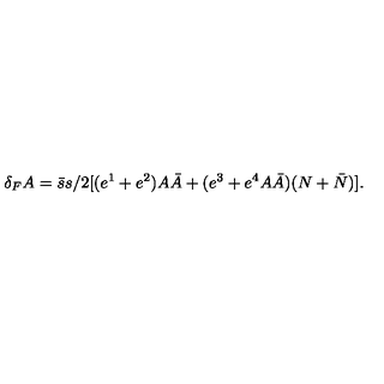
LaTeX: \delta _ { F } A = \bar { s } s / 2 [ ( e ^ { 1 } + e ^ { 2 } ) A \bar { A } + ( e ^ { 3 } + e ^ { 4 } A \bar { A } ) ( N + \bar { N } ) ] .